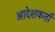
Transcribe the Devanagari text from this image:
आदेशकर्ता